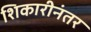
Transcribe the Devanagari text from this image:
शिकारीनंतर